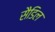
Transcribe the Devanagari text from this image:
सैडिल